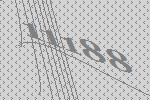
11188